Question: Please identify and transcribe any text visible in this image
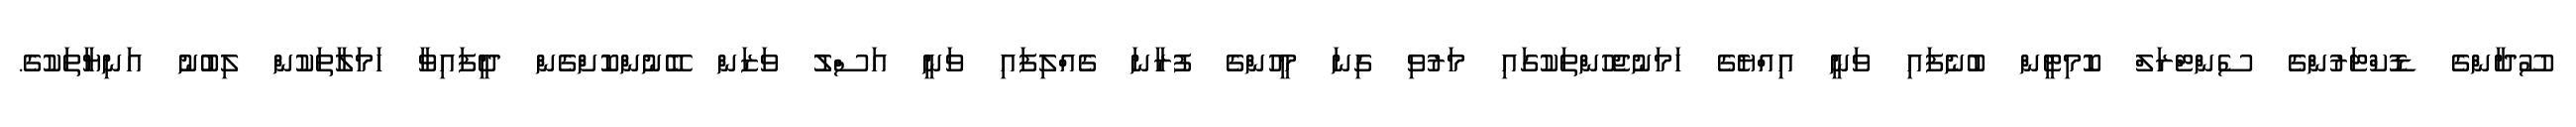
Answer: ސޫދާންގެ ޑޮކްޓަރުންގެ ސެންޓްރަލް ކޮމިޓީން ބުނެފައި ވަނީ އިއްޔެގެ ހަމަނުޖެހުންތަކުގައި މަރުވި ގިނަ މީހުންގެ ފުރާނަ ގެއްލިފައި ވަނީ އަސްލު ވަޒަން ބޭނުންކޮށްގެން ދީފައިވާ ހަމަލާތަކުން ލިބުނު އަނިޔާތަކުގެ.